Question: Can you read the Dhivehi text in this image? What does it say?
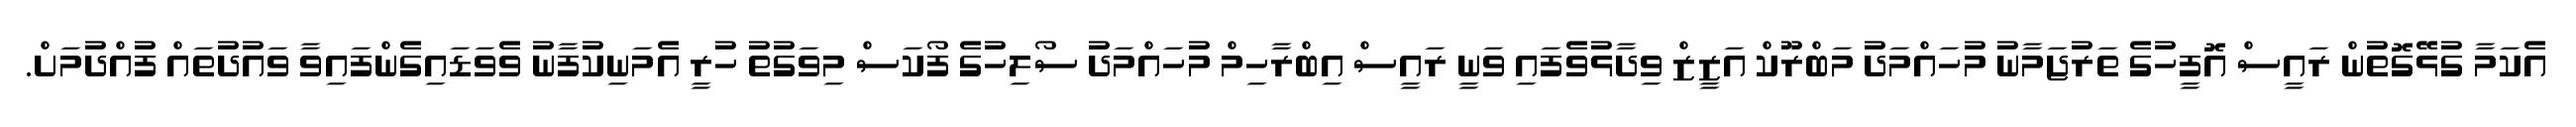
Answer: އެކަމާ ގުޅޭގޮތުން ރައީސް އޮފީހުގެ ތަރުޖަމާނު މުހައްމަދު މަބްރޫކް އަޒީޒް ވިދާޅުވެފައި ވަނީ ރައީސް އިބްރާހިމް މުހައްމަދު ސޯލިހުގެ ފޯކަސް މިވަގުތު ހުރީ އެމަނިކުފާނު ވެވަޑައިގެންފައިވާ ވައުދުތައް ފުއްދުމަށް.